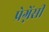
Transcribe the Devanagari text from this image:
प्रेग्नेंसी